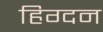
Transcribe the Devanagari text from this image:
हिग्दन